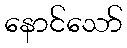
နောင်သော်